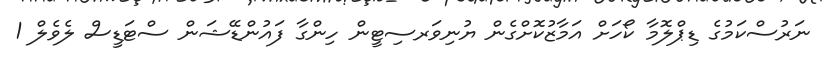
ނަރުސްކަމުގެ ޑިޕްލޮމާ ކޯހަށް އަމާޒުކޮށްގެން ޔުނިވަރސިޓީން ހިންގާ ފައުންޑޭޝަން ސްޓަޑީސް ލެވެލް 1